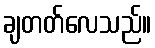
ချတတ်လေသည်။